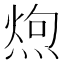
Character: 𪹐